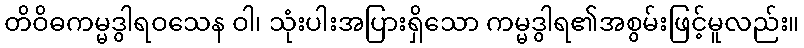
တိဝိဓကမ္မဒွါရဝသေန ဝါ၊ သုံးပါးအပြားရှိသော ကမ္မဒွါရ၏အစွမ်းဖြင့်မူလည်း။